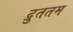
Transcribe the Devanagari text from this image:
द्रुततम